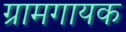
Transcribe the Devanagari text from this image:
ग्रामगायक